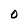
Character: O